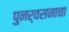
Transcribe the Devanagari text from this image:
पुनर्वसनाचा